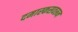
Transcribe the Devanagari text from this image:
दमास्कसवरून